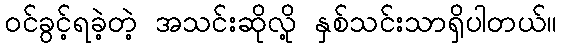
ဝင်ခွင့်ရခဲ့တဲ့ အသင်းဆိုလို့ နှစ်သင်းသာရှိပါတယ်။